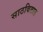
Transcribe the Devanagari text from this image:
साठवितात